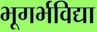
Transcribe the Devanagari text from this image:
भूगर्भविद्या